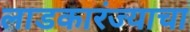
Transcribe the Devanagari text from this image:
लाडकारंज्याचा